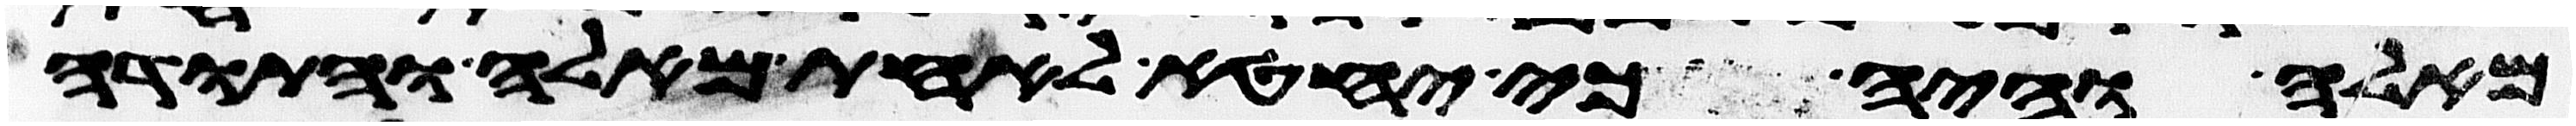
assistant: מאלה והיה כי יחטא לאחת מאלה והתודה